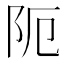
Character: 阨